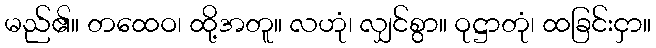
မည်၏။ တထေဝ၊ ထို့အတူ။ လဟုံ၊ လျှင်စွာ။ ဝုဋ္ဌာတုံ၊ ထခြင်းငှာ။